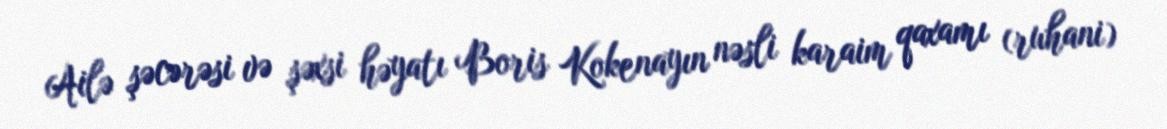
Ailə şəcərəsi və şəxsi həyatı Boris Kokenayın nəsli karaim qaxamı (ruhani)